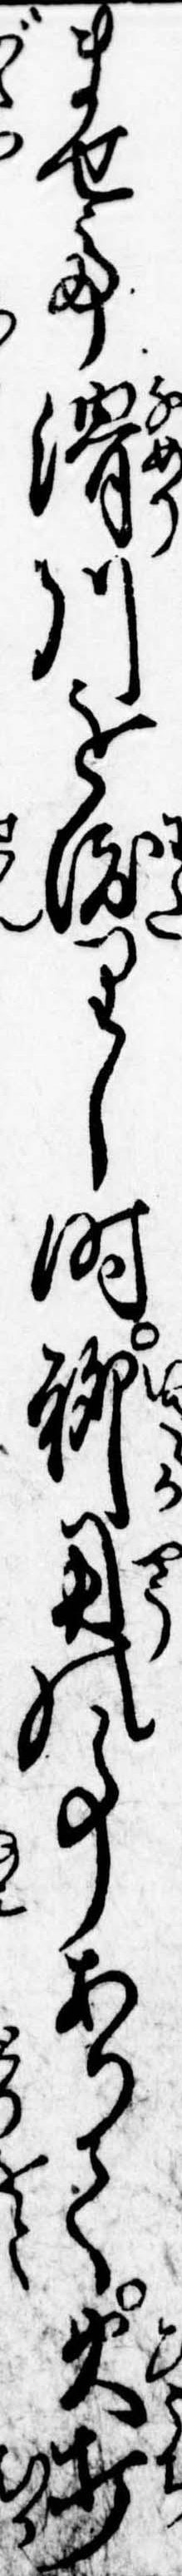
ませて滑川を渡りし時聊用の事ありて火打